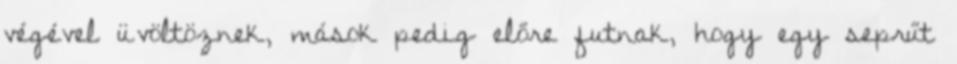
végével üvöltöznek, mások pedig előre futnak, hogy egy seprűt